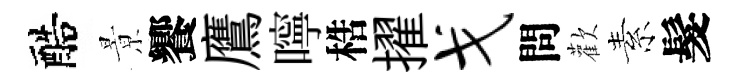
醅㬌饗鷹嚀梏擢戈問歡素髮